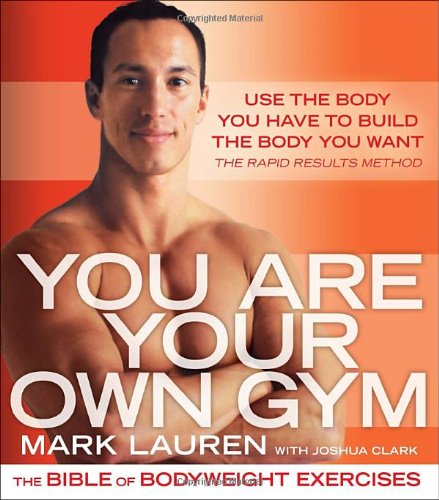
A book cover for You Are Your Own Gym: The Bible of Bodyweight Exercises; Mark Lauren; Health, Fitness & Dieting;